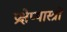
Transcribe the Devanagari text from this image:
प्रक्षेप्यास्त्रों